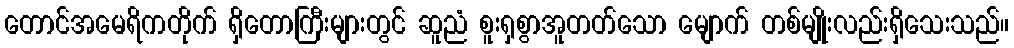
တောင်အမေရိကတိုက် ရှိတောကြီးများတွင် ဆူညံ စူးရှစွာအူတတ်သော မျောက် တစ်မျိုးလည်းရှိသေးသည်။